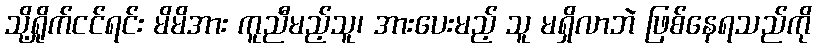
သို့ရှိုက်ငင်ရင်း မိမိအား ကူညီမည့်သူ၊ အားပေးမည့် သူ မရှိလာဘဲ ဖြစ်နေရသည်ကို